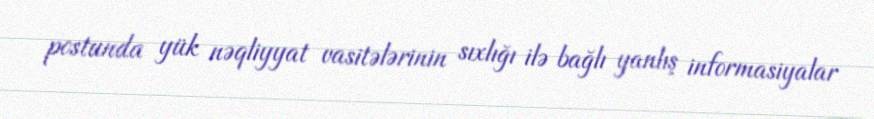
postunda yük nəqliyyat vasitələrinin sıxlığı ilə bağlı yanlış informasiyalar